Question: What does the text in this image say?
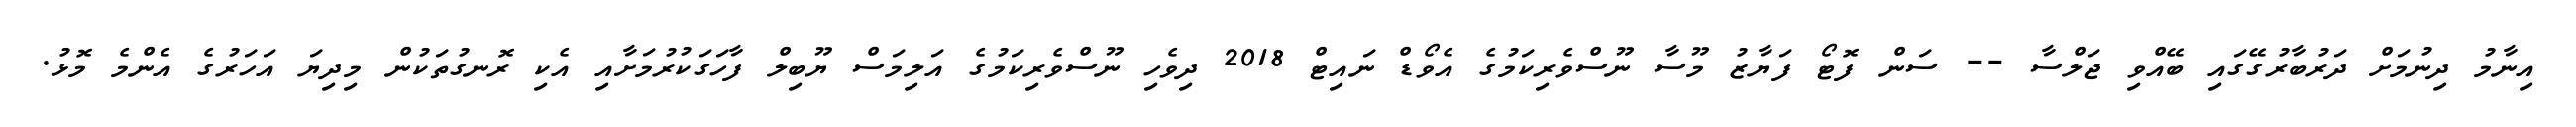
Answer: އިނާމު ދިނުމަށް ދަރުބާރުގޭގައި ބޭއްވި ޖަލްސާ -- ސަން ފޮޓޯ ފަޔާޒު މޫސާ ނޫސްވެރިކަމުގެ އެވޯޑް ނައިޓް 2018 ދިވެހި ނޫސްވެރިކަމުގެ އަލިމަސް ޔޫބިލް ފާހަގަކުރުމަށާއި އެކި ރޮނގުތަކުން މިދިޔަ އަހަރުގެ އެންމެ މޮޅު.